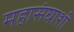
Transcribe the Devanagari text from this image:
महासंघाशी